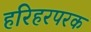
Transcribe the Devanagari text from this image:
हरिहरपरक